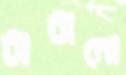
টাটানো